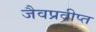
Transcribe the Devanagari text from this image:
जैवप्रदीप्त